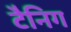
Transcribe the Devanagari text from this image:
टैनिग